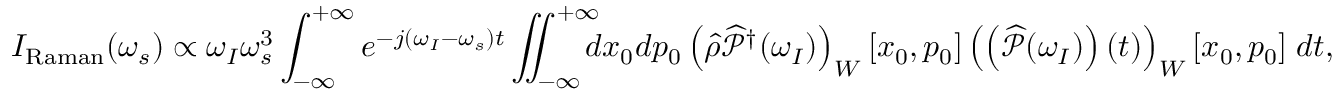
I _ { \mathrm { R a m a n } } ( \omega _ { s } ) \propto \omega _ { I } \omega _ { s } ^ { 3 } \int _ { - \infty } ^ { + \infty } e ^ { - j ( \omega _ { I } - \omega _ { s } ) t } \iint _ { - \infty } ^ { + \infty } \! \! \! \! d x _ { 0 } d p _ { 0 } \left( \widehat { \rho } \widehat { \mathcal { P } } ^ { \dagger } ( \omega _ { I } ) \right) _ { W } [ x _ { 0 } , p _ { 0 } ] \left( \left( \widehat { \mathcal { P } } ( \omega _ { I } ) \right) ( t ) \right) _ { W } [ x _ { 0 } , p _ { 0 } ] \; d t ,